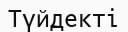
Түйдекті